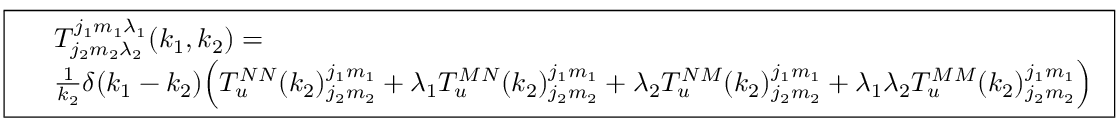
\boxed { \begin{array} { r l } & { T _ { j _ { 2 } m _ { 2 } \lambda _ { 2 } } ^ { j _ { 1 } m _ { 1 } \lambda _ { 1 } } ( k _ { 1 } , k _ { 2 } ) = } \\ & { \frac { 1 } { k _ { 2 } } \delta ( k _ { 1 } - k _ { 2 } ) \Big ( T _ { u } ^ { N N } ( k _ { 2 } ) _ { j _ { 2 } m _ { 2 } } ^ { j _ { 1 } m _ { 1 } } + \lambda _ { 1 } T _ { u } ^ { M N } ( k _ { 2 } ) _ { j _ { 2 } m _ { 2 } } ^ { j _ { 1 } m _ { 1 } } + \lambda _ { 2 } T _ { u } ^ { N M } ( k _ { 2 } ) _ { j _ { 2 } m _ { 2 } } ^ { j _ { 1 } m _ { 1 } } + \lambda _ { 1 } \lambda _ { 2 } T _ { u } ^ { M M } ( k _ { 2 } ) _ { j _ { 2 } m _ { 2 } } ^ { j _ { 1 } m _ { 1 } } \Big ) } \end{array} }